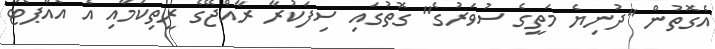
އެގޮތުން "ދުނިޔެ މަތީގެ ސުވަރުގެ" ގޮތުގައި ސިފަކުރާ ރާއްޖޭގެ ރީތިކަމާއި އެ އެއާޕޯޓާ